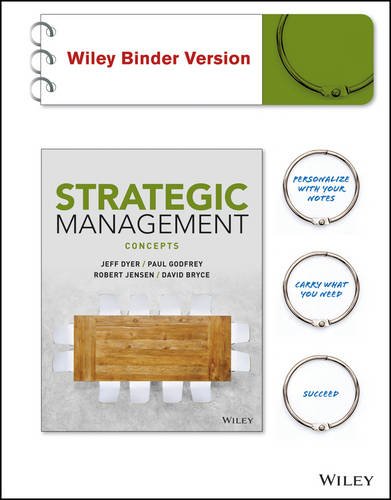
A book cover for Strategic Management: Concepts BRV; Jeffrey H. Dyer; Business & Money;